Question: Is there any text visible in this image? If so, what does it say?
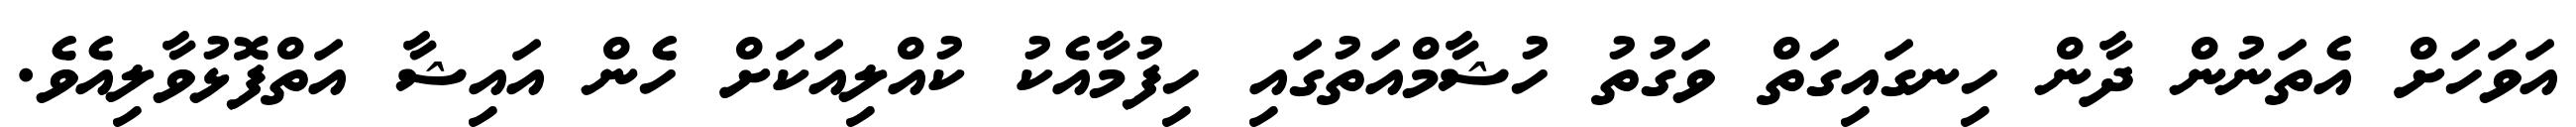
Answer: އަވަހަށް އެތަނުން ދާން ހިނގައިގަތް ވަގުތު ހުޝާމްއަތުގައި ހިފުމާއެކު ކުއްލިއަކަށް ހެން އައިޝާ އަތްފޮޅުވާލިއެވެ.